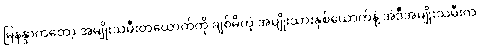
မြနန္ဒာကတော့ အမျိုးသမီးတယောက်ကို ချစ်မိတဲ့ အမျိုးသားနှစ်ယောက်နဲ့ အဲဒီအမျိုးသမီးက